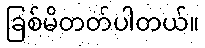
ခြစ်မိတတ်ပါတယ်။